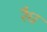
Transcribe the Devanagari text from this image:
रैध